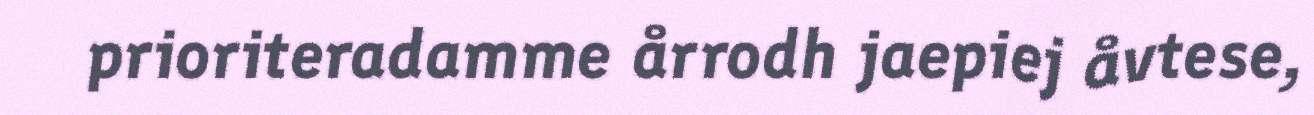
prioriteradamme årrodh jaepiej åvtese,